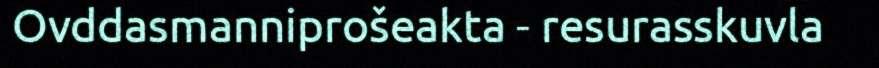
Ovddasmanniprošeakta - resurasskuvla